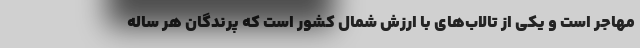
مهاجر است و یکی از تالاب‌های با ارزش شمال کشور است که پرندگان هر ساله